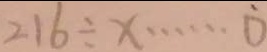
2 1 6 \div x \cdots 0